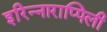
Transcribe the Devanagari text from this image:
इरिन्नाराप्पिली